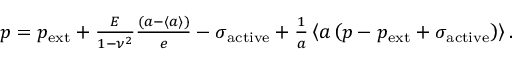
\begin{array} { r } { p = p _ { \mathrm { e x t } } + \frac { E } { 1 - \nu ^ { 2 } } \frac { \left( a - \langle a \rangle \right) } { e } - \sigma _ { \mathrm { a c t i v e } } + \frac { 1 } { a } \left\langle a \left( p - p _ { \mathrm { e x t } } + \sigma _ { \mathrm { a c t i v e } } \right) \right\rangle . } \end{array}